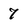
Character: 7